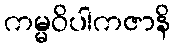
ကမ္မဝိပါကဇာနိ